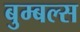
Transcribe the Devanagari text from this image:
बुम्बल्स